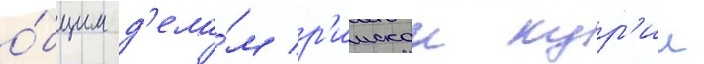
о́бщим д'ела́м р'имскои кур'ии